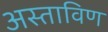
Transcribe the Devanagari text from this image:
अस्ताविण